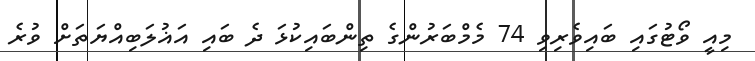
މިއީ ވޯޓުގައި ބައިވެރިވި 74 މެމްބަރުންގެ ތިންބައިކުޅަ ދެ ބައި އަޣުލަބިއްޔަތަށް ވުރެ